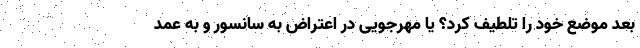
بعد موضع خود را تلطیف کرد؟ یا مهرجویی در اعتراض به سانسور و به عمد